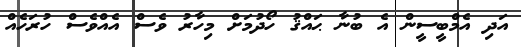
އަދި އެމްބީސީން އެ ބުނާ ޙައްޤު ހޯދުމަށް މިހާރު ވެސް އެއްވެސް ހުރަހެއް